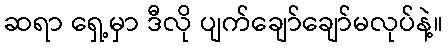
ဆရာ ရှေ့မှာ ဒီလို ပျက်ချော်ချော်မလုပ်နဲ့။